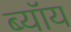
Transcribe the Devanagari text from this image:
ब्यॉय